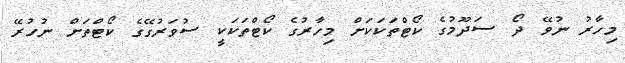
މިހާރު ނުވޭ ދޯ ސަދޫމުގެ ކޯޓްތަކަކަށް މިހާރުގެ ކޯޓްތަކަކީ ސުވަރުގޭގެ ކޯޓްތަށް ނުހުރޭ